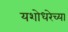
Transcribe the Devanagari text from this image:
यशोधरेच्या